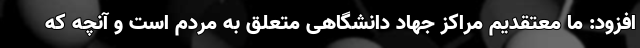
افزود: ما معتقدیم مراکز جهاد دانشگاهی متعلق به مردم است و آنچه که